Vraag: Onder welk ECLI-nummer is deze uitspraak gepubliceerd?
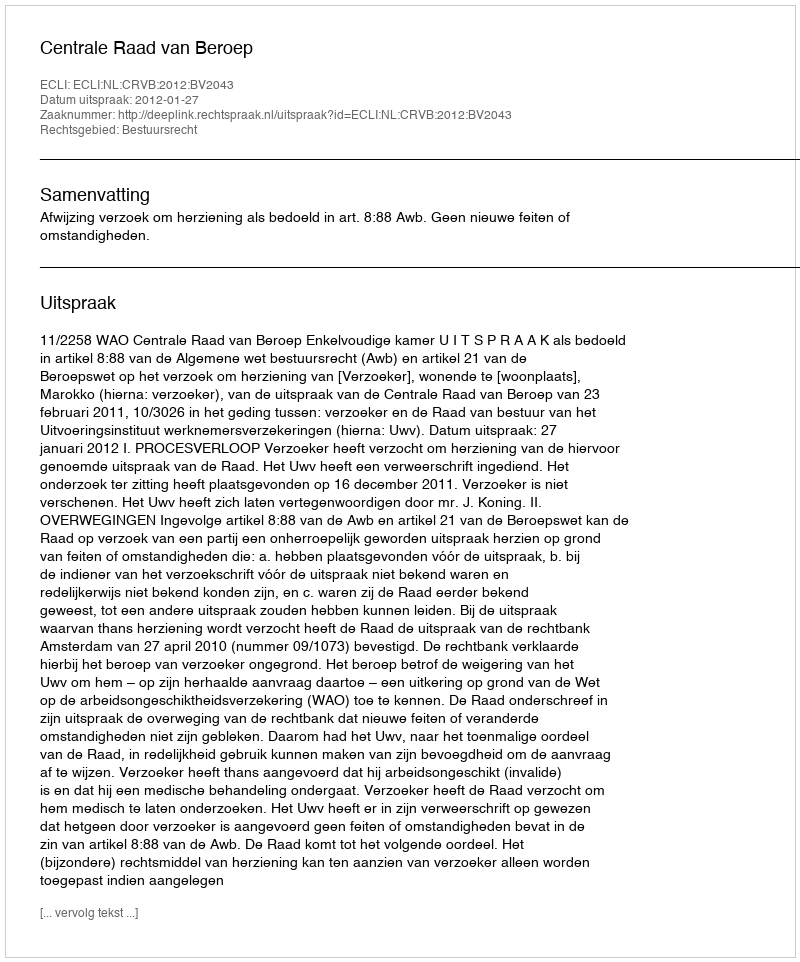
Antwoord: ECLI:NL:CRVB:2012:BV2043